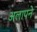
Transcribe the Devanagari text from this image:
अलापने